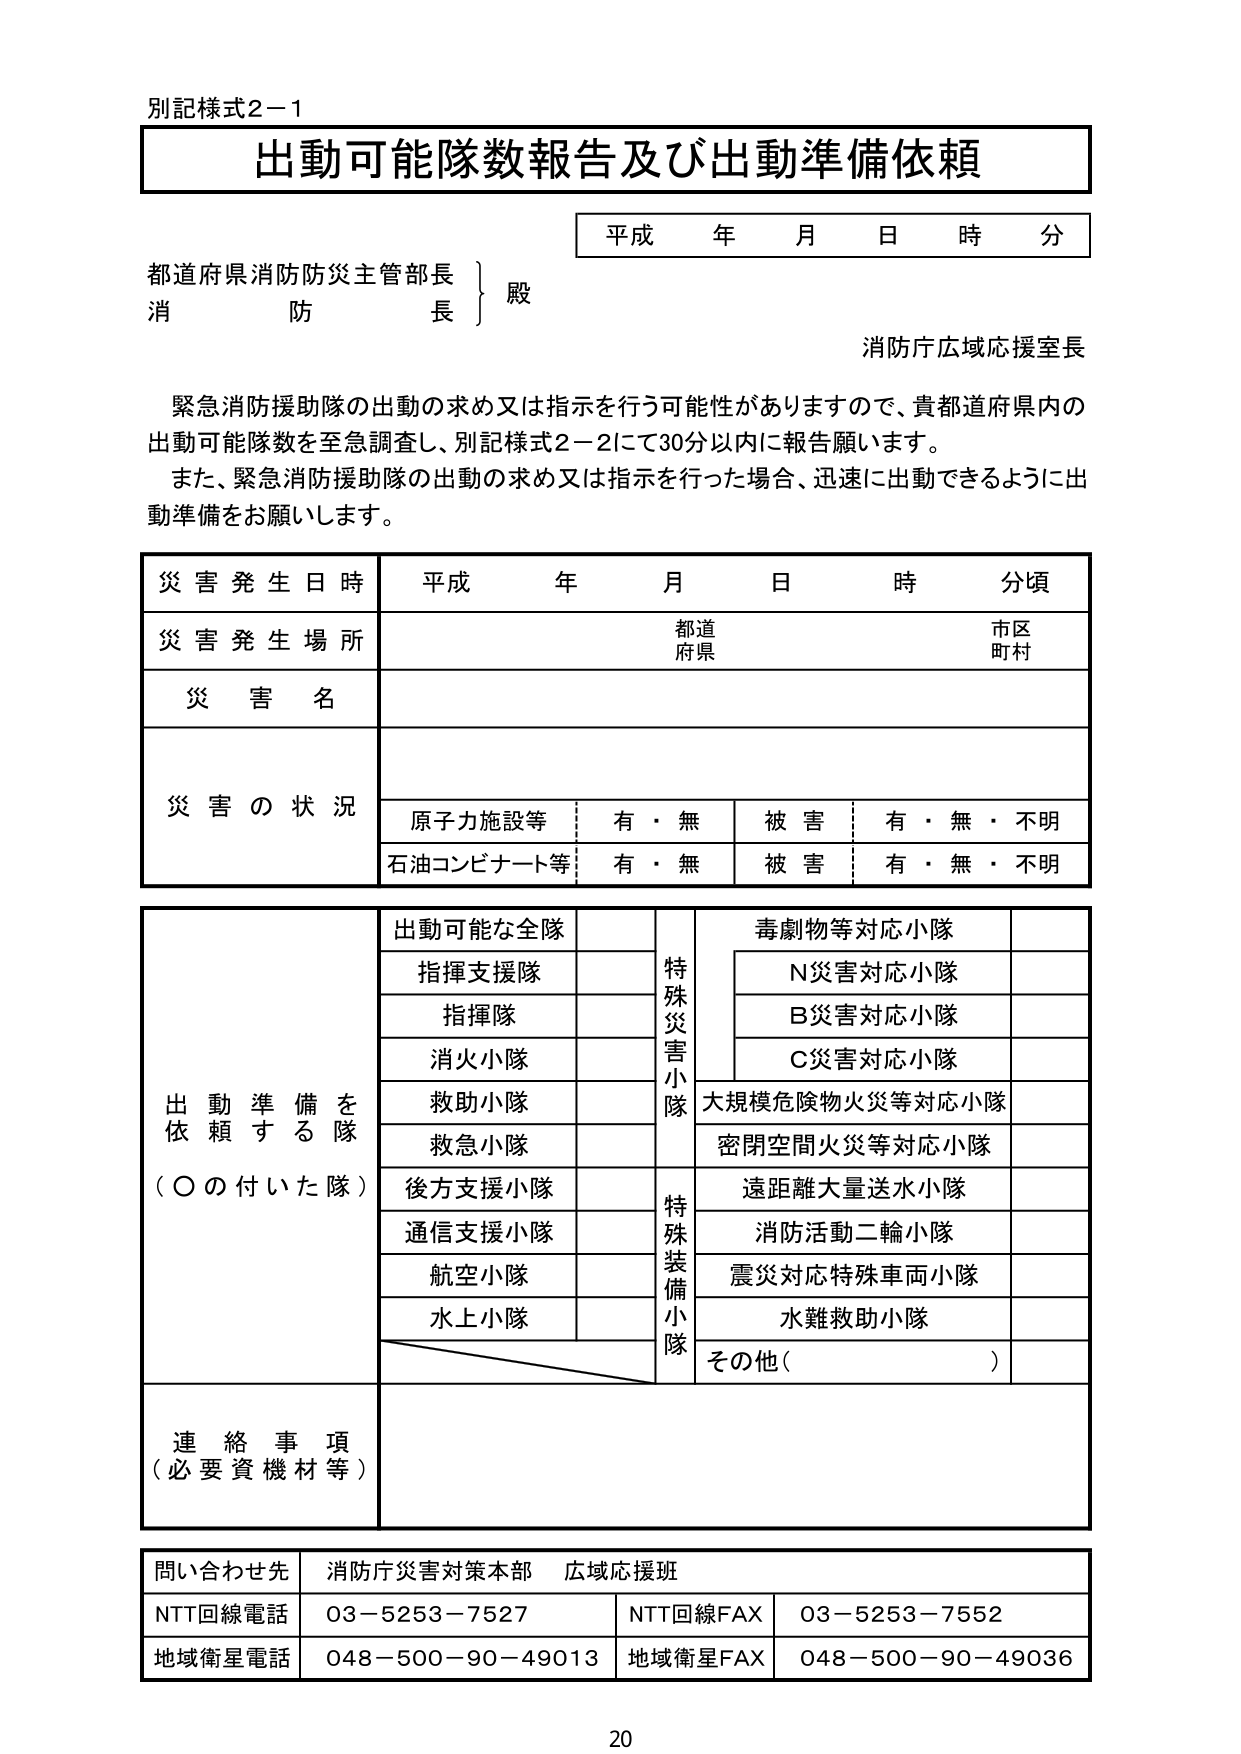
別記様式2－1
出動可能隊数報告及び出動準備依頼
平成 年 月 日 時 分
都道府県消防防災主管部長
消防長
殿
消防庁広域応援室長
緊急消防援助隊の出動の求め又は指示を行う可能性がありますので、貴都道府県内の
出動可能隊数を至急調査し、別記様式2－2にて30分以内に報告願います。
また、緊急消防援助隊の出動の求め又は指示を行った場合、迅速に出動できるように出
動準備をお願いします。
災害発生日時 平成 年 月 日 時 分頃
災害発生場所 都道 市区
府県 町村
災害名
災害の状況 原子力施設等 有・無 被害 有・無・不明
石油コンビナート等 有・無 被害 有・無・不明
出動準備を依頼する隊（○の付いた隊） 出動可能な全隊 特殊災害小隊 毒劇物等対応小隊
指揮支援隊 N災害対応小隊
指揮隊 B災害対応小隊
消火小隊 C災害対応小隊
救助小隊 大規模危険物火災等対応小隊
救急小隊 密閉空間火災等対応小隊
後方支援小隊 特殊装備小隊 遠距離大量送水小隊
通信支援小隊 消防活動二輪小隊
航空小隊 震災対応特殊車両小隊
水上小隊 水難救助小隊
その他（ ）
連絡事項（必要資機材等）
問い合わせ先 消防庁災害対策本部 広域応援班
NTT回線電話 03－5253－7527 NTT回線FAX 03－5253－7552
地域衛星電話 048－500－90－49013 地域衛星FAX 048－500－90－49036
20